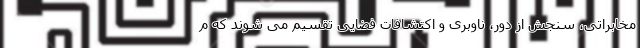
مخابراتی، سنجش از دور، ناوبری و اکتشافات فضایی تقسیم می شوند که م